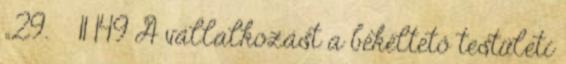
„29. § 11 149 A vállalkozást a békéltető testületi